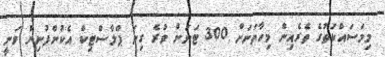
މިމަސައްކަތުގެ ތެރެއިން މިހާތަނަށް 300 ޓަނަށް ވުރެ ގިނަ ޕްލާސްޓިކް އެކުންފުނިން ވަނީ